Papers set at the Examination for Leaving Certificates, 1891
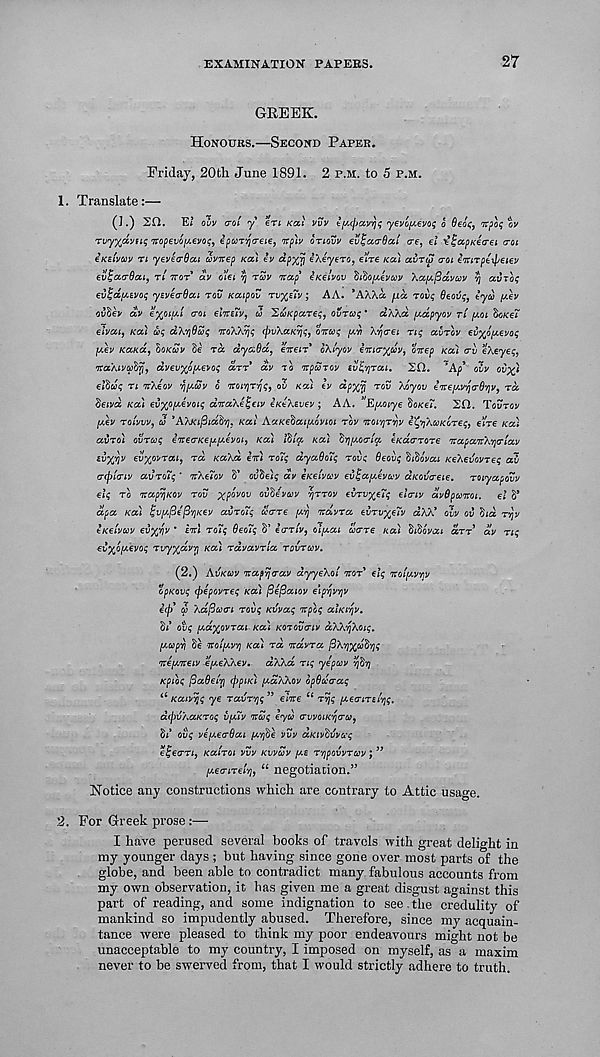
EXAMINATION PAPERS.
27
GREEK.
HONOURS.—SECOND PAPER.
Friday, 20th June 1891. 2 P.M. to 5 P.M.
1. Translate:—
(1.) 20. E; ouv (rot y eri KCCI VVV iy.cpavvji; yevo^evoq o Oeoq, itpoq %v
rvy^dysiq Tropevo^evoq, ipcorjo-eie, ntplv onovv ev^acrdat ere, el 'eJ'ccpKecrei <roi
eKEivav n yeveirdat eovirep KCCI ev dpxjj eAeyero, elre KO.) CCVTU) croi Inti'vpe-tye.iev
evUcco-dcu, rt TTOT dv o’lei rj ruv itccp' iKelvov tifiopevav ’keepfidivuv vj avToq
evljdpsvot; ysveo-Ocu rov KcupoZ TV^EIV ; AA. ’AXXa fj.ee rovq 6eovq, iyeo fjev
ovfiev av ey/tifcl <roi elnreiv, co 'ZuKpccreq^ ovrcoq * CCAXCC pcccpyov rt (AOI boKei
elvcci, Kcci uq dXvjQcoq TVoXkrjq (pvXaKvjq, oircoq y.ri X^crei nq ccvrov ev^ofjevoq
juev KCCKCC, hoKuv §e ra dyccBd, eneir oklyov eTna-y^uv, entep KOU CTV eXeyeq,
'TraXivtobrj, dvev^fifcevoq drr* dv TO npwTOv ivfyrai. 20. ’A^* oiv
eltiuq n nvXeov 'fipcSv 6 rtoiyT'/jq, ov KCCI Iv dp^vj rov Xoyov i'Kefcv^a-S'rjv^ rd,
hewd Kcci ev%0[jevotq dnccXelqciv eKeXsvev; AA. "Epcoiye §OKei. 20. Tovrov
fjev rotvvv, a ’ATwi/Bidi}'/]. KCCI AceKe'bccifjovioi rov 'itovriryv ifyXcoKoreq, elre KCC)
ccvro) ovrccq enecrKeiAfAevoi, KCC) Ititqc KCC) ftypcoa-tcc eKacrrore TVccpccirXvjcrtccv
zvyflv evyjovroci, rd KaXd in) rotq dyccOotq rovq Oeovq ^i^ovat KeXevovreq ccv
acptriv ccvroiq ' nXetov S’ oJSels dv eKetvcov eviqccpcevuv aKovreie. roiyccpovv
elq ro nccp^KOv rov xpovov oiifievuv vjrrov evrvy^eTq elcriv dvOpoonoi. el S*
dcpcc KCC) tjvfjfie'(3'/}Kev ccvroTq i'<rre /XTJ ndvrcc evrv%e7v dXX’ ovv ov §id rvjv
eKetvccv ev^v * ini roiq Beo7q S’ err tv, olficu acre KCC) hfiovcci derr ctv nq
evyJhfJikvoq rvyydvy] KCC) rdvccvrtcc rovrav.
(2.) AVKCOV nccpvjcccv dyyeXot nor' elq notpev/jv
opKovq (pepovreq kcc) ^e^ociov e’lp’tjvyv
ifi a Xdftoci rovq Kvvccq npoq CCIKI^V.
Sf’ ovq pcd^ovrcci KCC) KOTOVCIV ccXX'tjXoiq.
fjwpri Se notpevv) KOC) rd ndvrcc [3X'/ix t u$'/)q
ney.neiv e/xeXXev. dXXd nq yepccv 'tjdrj
Kpioq (Bccdetri (ppiK) pcdXXov opScccccq
i6 KccivTjq ye ravrvjq ” elne 6i ryjq fjcecireivjq.
dcpvXccKroq vfuv naq e<yd cvvoiK'tjca,
Si’ ovq vifjecBai fcvfie vvv aKivditva-q
eljecri, Kcctroi vvv KVVUV pee rypovvrav; ”
fjectret'si,
66 negotiaLion. ,,
Notice any constructions which are contrary to Attic usage.
2. For Greek prose :—
I have perused several books of travels with great delight in
my younger days; but having since gone over most parts of the
globe, and been able to contradict many fabulous accounts from
my own observation, it has given me a great disgust against this
part of reading, and some indignation to see. the credulity of
mankind so impudently abused. Therefore, since my acquain-
tance were pleased to think my poor endeavours might not be
unacceptable to my country, I imposed on myself, as a maxim
never to be swerved from, that I would strictly adhere to truth.